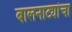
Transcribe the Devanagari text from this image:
बालनाट्यांचा